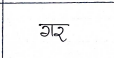
मजकूर: गर